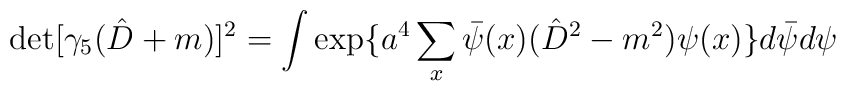
\det[\gamma_5( \hat{D}+m)]^2= \int \exp \{a^4 \sum_x\bar{\psi}(x)( \hat{D}^2-m^2) \psi(x) \} d \bar{ \psi}d \psi